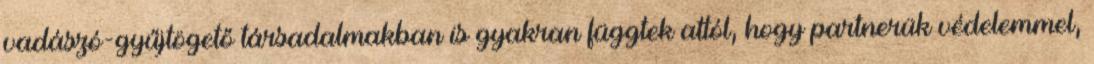
vadászó-gyűjtögető társadalmakban is gyakran függtek attól, hogy partnerük védelemmel,